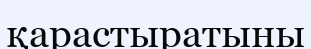
қарастыратыны